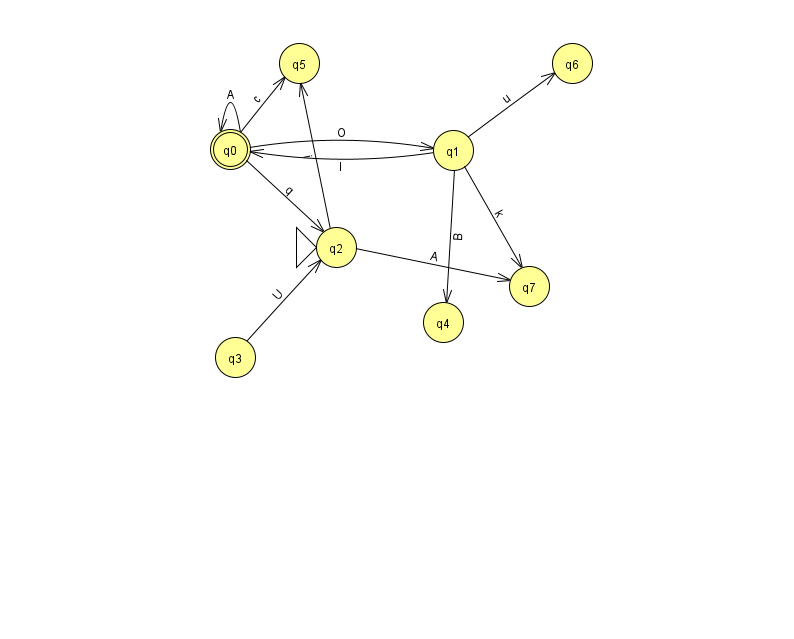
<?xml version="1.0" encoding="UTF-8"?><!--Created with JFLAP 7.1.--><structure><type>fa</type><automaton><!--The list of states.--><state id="0" name="q0"><x>230.0</x><y>136.0</y><final/></state><state id="1" name="q1"><x>453.0</x><y>137.0</y></state><state id="2" name="q2"><x>336.0</x><y>234.0</y><initial/></state><state id="3" name="q3"><x>235.0</x><y>344.0</y></state><state id="4" name="q4"><x>443.0</x><y>309.0</y></state><state id="5" name="q5"><x>299.0</x><y>50.0</y></state><state id="6" name="q6"><x>572.0</x><y>50.0</y></state><state id="7" name="q7"><x>529.0</x><y>273.0</y></state><!--The list of transitions.--><transition><from>0</from><to>0</to><read>A</read></transition><transition><from>0</from><to>2</to><read>q</read></transition><transition><from>1</from><to>4</to><read>B</read></transition><transition><from>0</from><to>1</to><read>O</read></transition><transition><from>1</from><to>0</to><read>l</read></transition><transition><from>1</from><to>7</to><read>k</read></transition><transition><from>2</from><to>7</to><read>A</read></transition><transition><from>0</from><to>5</to><read>c</read></transition><transition><from>1</from><to>6</to><read>u</read></transition><transition><from>3</from><to>2</to><read>U</read></transition><transition><from>2</from><to>5</to><read>i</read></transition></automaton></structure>